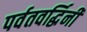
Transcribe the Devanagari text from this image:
पर्वतवर्द्धिनी